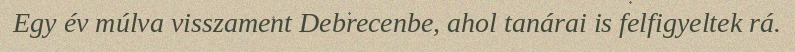
Egy év múlva visszament Debrecenbe, ahol tanárai is felfigyeltek rá.